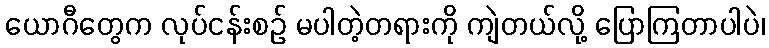
ယောဂီတွေက လုပ်ငန်းစဉ် မပါတဲ့တရားကို ကျဲတယ်လို့ ပြောကြတာပါပဲ၊